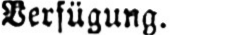
Verfügung.